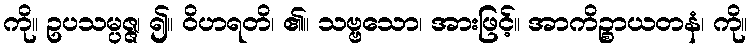
ကို။ ဥပသမ္ပဇ္ဇ၊ ၍။ ဝိဟရတိ၊ ၏။ သဗ္ဗသော၊ အားဖြင့်။ အာကိဉ္စာယတနံ၊ ကို။